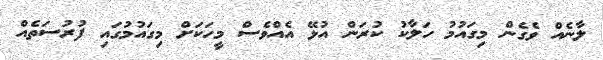
ލާނެއް ވެގެން މިގައުމު ހަލާކު ކުރަން އުޅޭ އެއްވެސް މީހަކަށް މިގައުމުގައި ފުރުސަތެއް